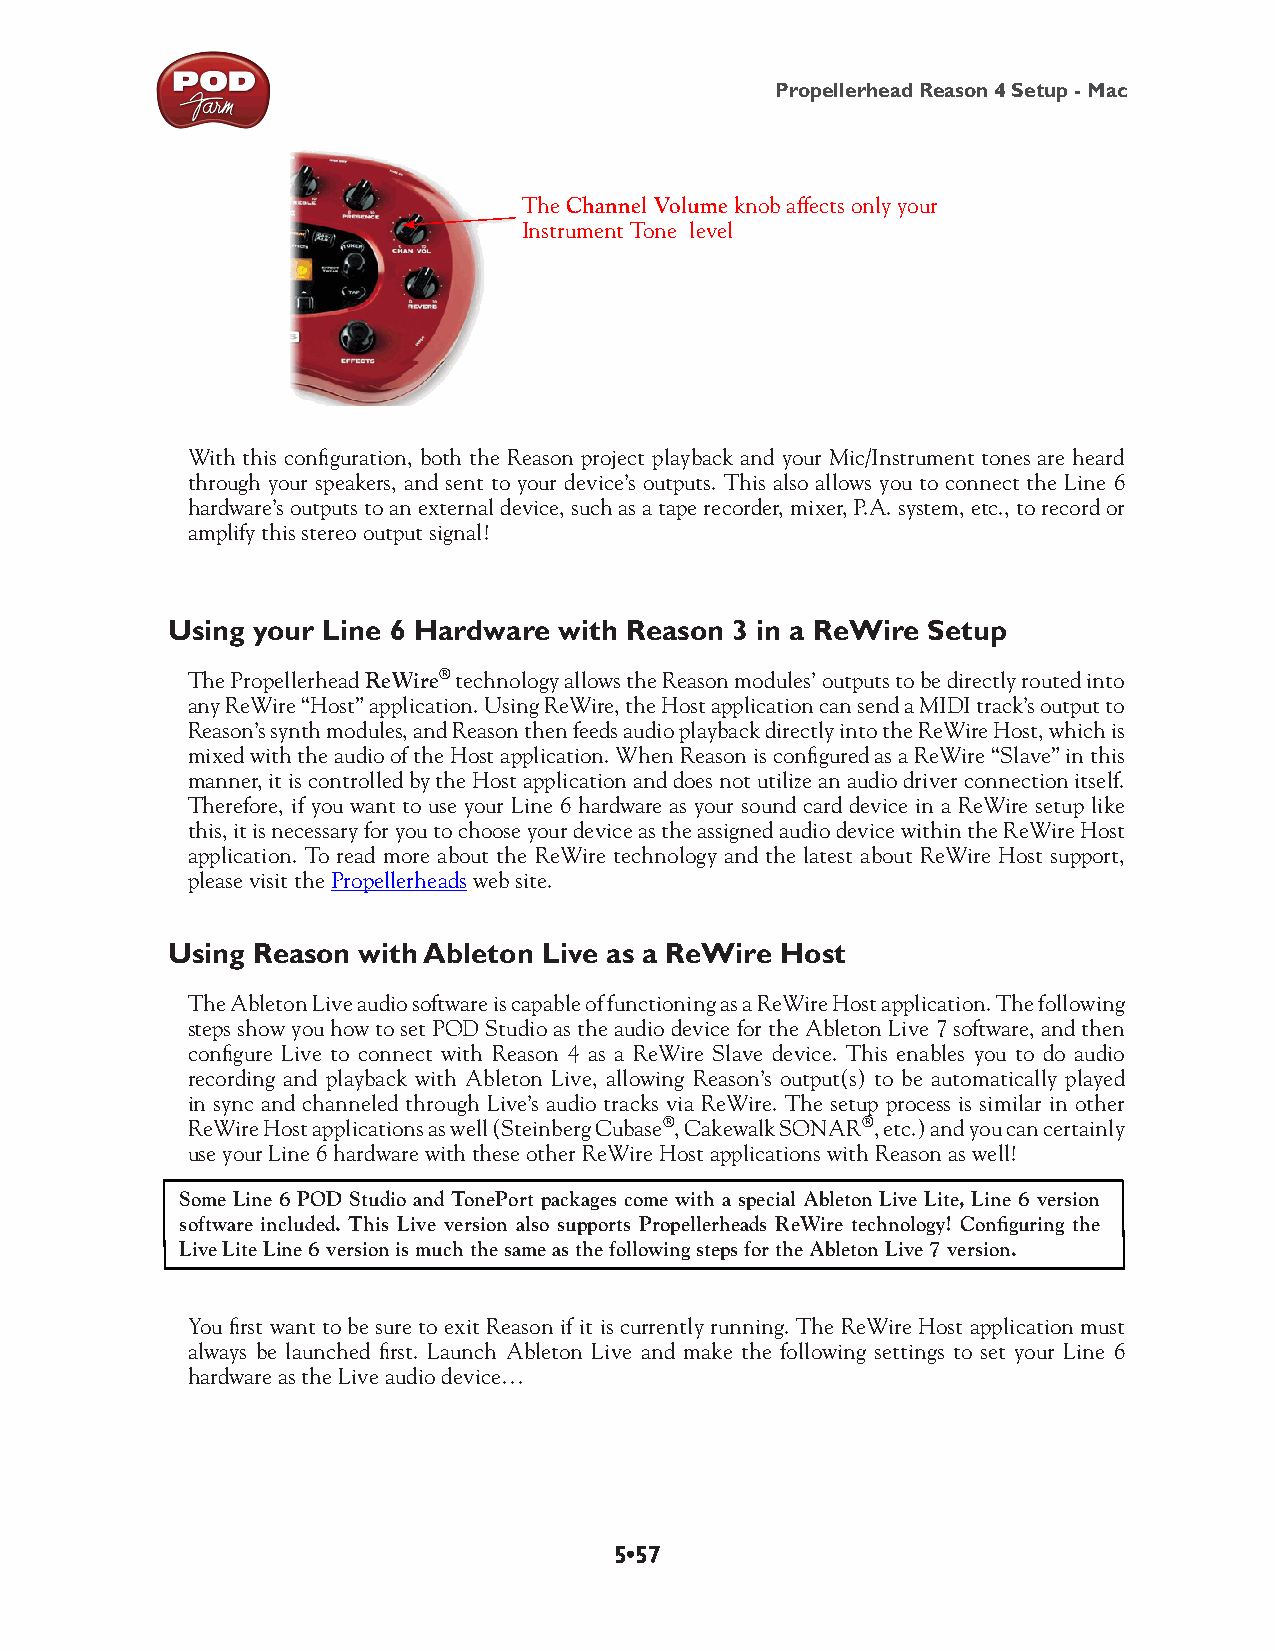
Propellerhead Reason 4 Setup - Mac
 The Channel Volume knob affects only your
 Instrument Tone level
 With this configuration, both the Reason project playback and your Mic/Instrument tones are heard
 through your speakers, and sent to your device’s outputs. This also allows you to connect the Line 6
 hardware’s outputs to an external device, such as a tape recorder, mixer, P.A. system, etc., to record or
 amplify this stereo output signal!
 Using your Line 6 Hardware with Reason 3 in a ReWire Setup
 The Propellerhead ReWire® technology allows the Reason modules’ outputs to be directly routed into
 any ReWire “Host” application. Using ReWire, the Host application can send a MIDI track’s output to
 Reason’s synth modules, and Reason then feeds audio playback directly into the ReWire Host, which is
 mixed with the audio of the Host application. When Reason is configured as a ReWire “Slave” in this
 manner, it is controlled by the Host application and does not utilize an audio driver connection itself.
 Therefore, if you want to use your Line 6 hardware as your sound card device in a ReWire setup like
 this, it is necessary for you to choose your device as the assigned audio device within the ReWire Host
 application. To read more about the ReWire technology and the latest about ReWire Host support,
 please visit the Propellerheads web site.
 Using Reason with Ableton Live as a ReWire Host
 The Ableton Live audio software is capable of functioning as a ReWire Host application. The following
 steps show you how to set POD Studio as the audio device for the Ableton Live 7 software, and then
 configure Live to connect with Reason 4 as a ReWire Slave device. This enables you to do audio
 recording and playback with Ableton Live, allowing Reason’s output(s) to be automatically played
 in sync and channeled through Live’s audio tracks via ReWire. The setup process is similar in other
 ReWire Host applications as well (Steinberg Cubase®, Cakewalk SONAR®, etc.) and you can certainly
 use your Line 6 hardware with these other ReWire Host applications with Reason as well!
 S ome Line 6 POD Studio and TonePort packages come with a special Ableton Live Lite, Line 6 version
 software included. This Live version also supports Propellerheads ReWire technology! Configuring the
 Live Lite Line 6 version is much the same as the following steps for the Ableton Live 7 version.
 You first want to be sure to exit Reason if it is currently running. The ReWire Host application must
 always be launched first. Launch Ableton Live and make the following settings to set your Line 6
 hardware as the Live audio device…
 5•57